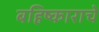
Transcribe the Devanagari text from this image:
बहिष्काराचे